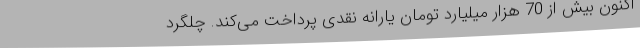
اکنون بیش از 70 هزار میلیارد تومان یارانه نقدی پرداخت می‌کند. چلگرد